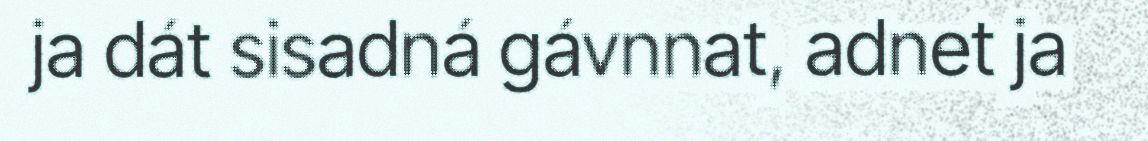
ja dát sisadná gávnnat, adnet ja